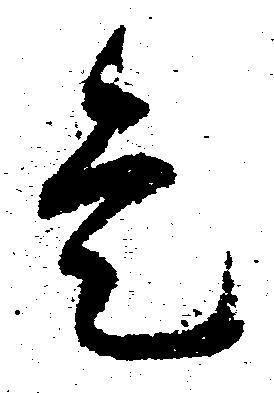
是